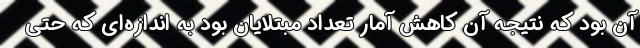
آن بود که نتیجه آن کاهش آمار تعداد مبتلایان بود به اندازه‌ای که حتی